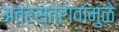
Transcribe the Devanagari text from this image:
अंतरस्त्रावांमुळे